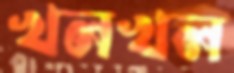
খলখল